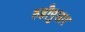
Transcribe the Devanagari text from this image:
रुढीनुसार